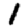
Digit: 1